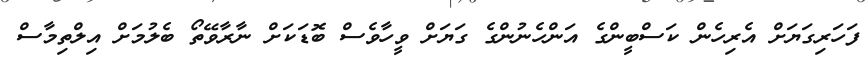
ފަހަރިގަޔަށް އެރިހެން ކަސްބީންގެ އަންހެނުންގެ ގަަޔަށް ވީހާވެސް ބޮޑަކަށް ނާރާވޭތޯ ބެލުމަށް އިލްތިމާސް